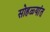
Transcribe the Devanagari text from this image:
सोहळ्यांत